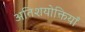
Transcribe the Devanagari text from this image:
अतिशयोक्तियाँ